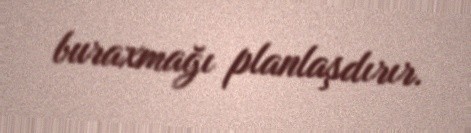
buraxmağı planlaşdırır.